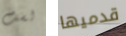
لست قدميها